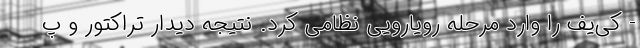
- کی‌یف را وارد مرحله رویارویی نظامی کرد. نتیجه دیدار تراکتور و پ